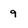
Character: 9